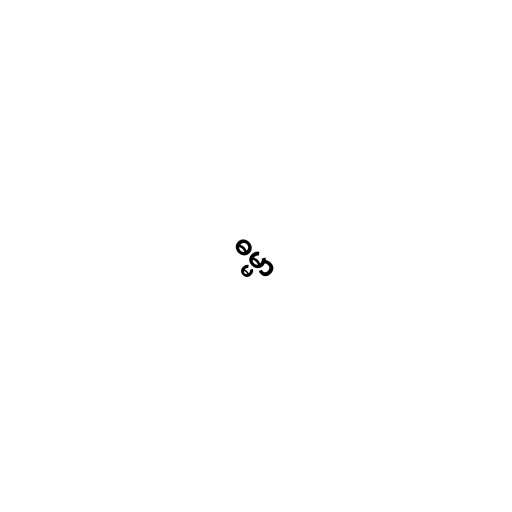
ဓမ္မာ